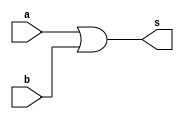
// -------------------------
// Exercicio010 - or
// Nome: Guilherme Diniz de Assumpcao
// -------------------------

module orgate (output s, input a, input b);
assign s = a|b;
endmodule

module orgate4(output s, input a, input b,input c,input d);
wire aux,aux2;
orgate a1(aux,a,b);
orgate a2(aux2,c,d);
assign s = aux | aux2;
endmodule

module testeOr;

wire s;
reg a, b, c, d;

orgate4 O1 (s,a,b,c,d);

initial begin:start

a=0;
b=0;
c=0;
d=0;

end

initial begin:main
$display("Exercicio 010 - Guilherme Diniz de Assumpcao - 462269 ");
$display("Test or:");
$monitor("%d\t%b or %b or %b or %b = %b", $time, a, b,c,d, s);
#1 a=0;b=0;c=0;d=1;
#1 a=0;b=0;c=1;d=0;
#1 a=0;b=0;c=1;d=1;
#1 a=0;b=1;c=0;d=0;
#1 a=0;b=1;c=0;d=1;
#1 a=0;b=1;c=1;d=0;
#1 a=0;b=1;c=1;d=1;
#1 a=1;b=0;c=0;d=0;
#1 a=1;b=0;c=0;d=1;
#1 a=1;b=0;c=1;d=0;
#1 a=1;b=0;c=1;d=1;
#1 a=1;b=1;c=0;d=0;
#1 a=1;b=1;c=0;d=1;
#1 a=1;b=1;c=1;d=0;
#1 a=1;b=1;c=1;d=1;
end
endmodule